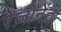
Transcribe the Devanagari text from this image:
रेज़ोनेंत